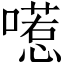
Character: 㘃